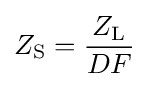
Z_{\mathrm {S} }={\frac {Z_{\mathrm {L} }}{DF}}